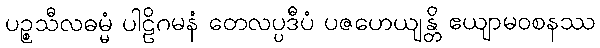
ပဉ္စသီလဓမ္မံ ပါဠိဂမနံ တေလပ္ပဒီပံ ပဇဟေယျန္တိ ဧယျာမဝစနဿ